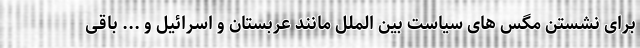
برای نشستن مگس های سیاست بین الملل مانند عربستان و اسرائیل و ... باقی